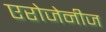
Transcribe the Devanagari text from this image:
एरोजेनीज